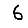
Digit: 6